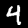
Label: 4